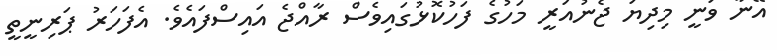
އޭނާ ވަނީ މިދިޔަ ޖެނުއަރީ މަހުގެ ފަހުކޮޅުގައިވެސް ރާއްޖެ އައިސްފައެވެ. އެފަހަރު ޕަރިނީތީ